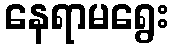
နေရာမရွေး